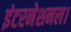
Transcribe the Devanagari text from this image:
इंटरनेशनल।